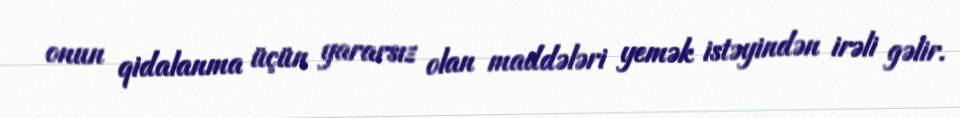
onun qidalanma üçün yararsız olan maddələri yemək istəyindən irəli gəlir.